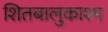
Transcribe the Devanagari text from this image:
शितबालुकाश्म